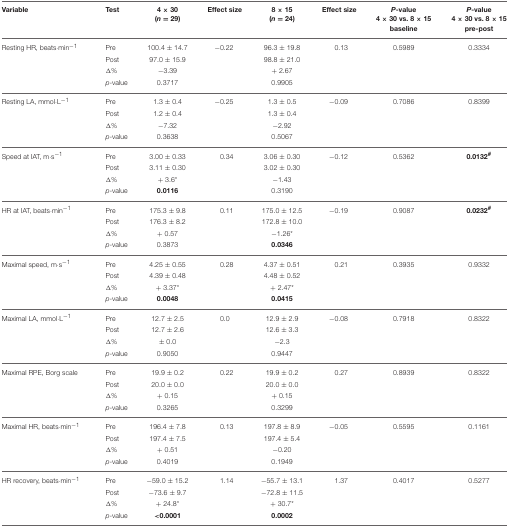
<table><thead><tr><td><b>Variable</b></td><td><b>Test</b></td><td><b>4 × 30 (<i>n</i> = 29)</b></td><td><b>Effect size</b></td><td><b>8 × 15 (<i>n</i> = 24)</b></td><td><b>Effect size</b></td><td><b><i>P</i>-value 4 × 30 vs. 8 × 15 baseline</b></td><td><b><i>P</i>-value 4 × 30 vs. 8 × 15 pre-post</b></td></tr></thead><tbody><tr><td>Resting HR, beats·min<sup>−1</sup></td><td>Pre</td><td>100.4 ± 14.7</td><td>−0.22</td><td>96.3 ± 19.8</td><td>0.13</td><td>0.5989</td><td>0.3334</td></tr><tr><td></td><td>Post</td><td>97.0 ± 15.9</td><td></td><td>98.8 ± 21.0</td><td></td><td></td><td></td></tr><tr><td></td><td>Δ%</td><td>−3.39</td><td></td><td>+ 2.67</td><td></td><td></td><td></td></tr><tr><td></td><td><i>p</i>-value</td><td>0.3717</td><td></td><td>0.9905</td><td></td><td></td><td></td></tr><tr><td>Resting LA, mmol·L<sup>−1</sup></td><td>Pre</td><td>1.3 ± 0.4</td><td>−0.25</td><td>1.3 ± 0.5</td><td>−0.09</td><td>0.7086</td><td>0.8399</td></tr><tr><td></td><td>Post</td><td>1.2 ± 0.4</td><td></td><td>1.3 ± 0.4</td><td></td><td></td><td></td></tr><tr><td></td><td>Δ%</td><td>−7.32</td><td></td><td>−2.92</td><td></td><td></td><td></td></tr><tr><td></td><td><i>p</i>-value</td><td>0.3638</td><td></td><td>0.5067</td><td></td><td></td><td></td></tr><tr><td>Speed at IAT, m·s<sup>−1</sup></td><td>Pre</td><td>3.00 ± 0.33</td><td>0.34</td><td>3.06 ± 0.30</td><td>−0.12</td><td>0.5362</td><td><b>0.0132<sup>#</sup></b></td></tr><tr><td></td><td>Post</td><td>3.11 ± 0.30</td><td></td><td>3.02 ± 0.30</td><td></td><td></td><td></td></tr><tr><td></td><td>Δ%</td><td>+ 3.6<sup>*</sup></td><td></td><td>−1.43</td><td></td><td></td><td></td></tr><tr><td></td><td><i>p</i>-value</td><td><b>0.0116</b></td><td></td><td>0.3190</td><td></td><td></td><td></td></tr><tr><td>HR at IAT, beats·min<sup>−1</sup></td><td>Pre</td><td>175.3 ± 9.8</td><td>0.11</td><td>175.0 ± 12.5</td><td>−0.19</td><td>0.9087</td><td><b>0.0232<sup>#</sup></b></td></tr><tr><td></td><td>Post</td><td>176.3 ± 8.2</td><td></td><td>172.8 ± 10.0</td><td></td><td></td><td></td></tr><tr><td></td><td>Δ%</td><td>+ 0.57</td><td></td><td>−1.26<sup>*</sup></td><td></td><td></td><td></td></tr><tr><td></td><td><i>p</i>-value</td><td>0.3873</td><td></td><td><b>0.0346</b></td><td></td><td></td><td></td></tr><tr><td>Maximal speed, m·s<sup>−1</sup></td><td>Pre</td><td>4.25 ± 0.55</td><td>0.28</td><td>4.37 ± 0.51</td><td>0.21</td><td>0.3935</td><td>0.9332</td></tr><tr><td></td><td>Post</td><td>4.39 ± 0.48</td><td></td><td>4.48 ± 0.52</td><td></td><td></td><td></td></tr><tr><td></td><td>Δ%</td><td>+ 3.37<sup>*</sup></td><td></td><td>+ 2.47<sup>*</sup></td><td></td><td></td><td></td></tr><tr><td></td><td><i>p</i>-value</td><td><b>0.0048</b></td><td></td><td><b>0.0415</b></td><td></td><td></td><td></td></tr><tr><td>Maximal LA, mmol·L<sup>−1</sup></td><td>Pre</td><td>12.7 ± 2.5</td><td>0.0</td><td>12.9 ± 2.9</td><td>−0.08</td><td>0.7918</td><td>0.8322</td></tr><tr><td></td><td>Post</td><td>12.7 ± 2.6</td><td></td><td>12.6 ± 3.3</td><td></td><td></td><td></td></tr><tr><td></td><td>Δ%</td><td>± 0.0</td><td></td><td>−2.3</td><td></td><td></td><td></td></tr><tr><td></td><td><i>p</i>-value</td><td>0.9050</td><td></td><td>0.9447</td><td></td><td></td><td></td></tr><tr><td>Maximal RPE, Borg scale</td><td>Pre</td><td>19.9 ± 0.2</td><td>0.22</td><td>19.9 ± 0.2</td><td>0.27</td><td>0.8939</td><td>0.8322</td></tr><tr><td></td><td>Post</td><td>20.0 ± 0.0</td><td></td><td>20.0 ± 0.0</td><td></td><td></td><td></td></tr><tr><td></td><td>Δ%</td><td>+ 0.15</td><td></td><td>+ 0.15</td><td></td><td></td><td></td></tr><tr><td></td><td><i>p</i>-value</td><td>0.3265</td><td></td><td>0.3299</td><td></td><td></td><td></td></tr><tr><td>Maximal HR, beats·min<sup>−1</sup></td><td>Pre</td><td>196.4 ± 7.8</td><td>0.13</td><td>197.8 ± 8.9</td><td>−0.05</td><td>0.5595</td><td>0.1161</td></tr><tr><td></td><td>Post</td><td>197.4 ± 7.5</td><td></td><td>197.4 ± 5.4</td><td></td><td></td><td></td></tr><tr><td></td><td>Δ%</td><td>+ 0.51</td><td></td><td>−0.20</td><td></td><td></td><td></td></tr><tr><td></td><td><i>p</i>-value</td><td>0.4019</td><td></td><td>0.1949</td><td></td><td></td><td></td></tr><tr><td>HR recovery, beats·min<sup>−1</sup></td><td>Pre</td><td>−59.0 ± 15.2</td><td>1.14</td><td>−55.7 ± 13.1</td><td>1.37</td><td>0.4017</td><td>0.5277</td></tr><tr><td></td><td>Post</td><td>−73.6 ± 9.7</td><td></td><td>−72.8 ± 11.5</td><td></td><td></td><td></td></tr><tr><td></td><td>Δ%</td><td>+ 24.8<sup>*</sup></td><td></td><td>+ 30.7<sup>*</sup></td><td></td><td></td><td></td></tr><tr><td></td><td><i>p</i>-value</td><td><b>&lt;0.0001</b></td><td></td><td><b>0.0002</b></td><td></td><td></td><td></td></tr></tbody></table>